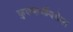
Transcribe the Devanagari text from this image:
कुलकर्णीबरोबर